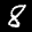
Label: 8